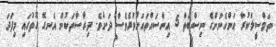
ތަމްސީލްކުރާ އަންހެނުންގެ ނިސްބަތް 5 އިންސައްތައަށްވުރެވެސް ދަށެވެ. ދިރާސާތަކުން އެނގޭ ގޮތުގައި މިފަދަ